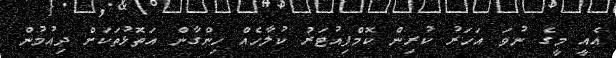
އެއީ މީގެ ނުވަ އަހަރު ކުރިން ކޮމްޕިއުޓަރު ކުލާހެއް ހިންގާން އަތޮޅުތަކަށް ދިއުމުން